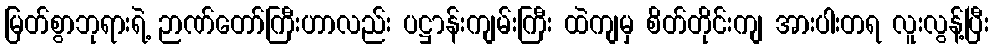
မြတ်စွာဘုရားရဲ့ ဉာဏ်တော်ကြီးဟာလည်း ပဋ္ဌာန်းကျမ်းကြီး ထဲကျမှ စိတ်တိုင်းကျ အားပါးတရ လူးလွန့်ပြီး